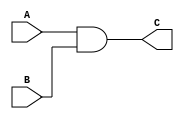
`timescale 1ns / 1ps
//////////////////////////////////////////////////////////////////////////////////
// Company: 
// Engineer: 
// 
// Design Name: 
// Module Name: experiment1
// Project Name: 
// Target Devices: 
// Tool Versions: 
// Description: 
// 
// Dependencies: 
// 
// Revision:
// Revision 0.01 - File Created
// Additional Comments:
// 
//////////////////////////////////////////////////////////////////////////////////


// Part1
module and_gate(A,B,C);
    //Inputs
    input A,B;
    //Outputs
    output C;
    assign C = A&B;
endmodule

module or_gate(A,B,C);
    //Inputs
    input A,B;
    //Outputs
    output C;
    assign C = A | B;
endmodule

module not_gate(A,B);
    //Inputs
    input A;
    //Outputs
    output B;
    assign B = ~A;
endmodule



module experiment1(
    //Inputs
    input A,
    input B,
    input C,
    input D,
    //Outputs
    output F1,
    output F2,
    output DUALITY,
    output F3,
    output NOTF3,
    output F4
    );
    
    // Intermediate Wires
        wire AANDB;
        wire AORB;
        wire AORNOTB;
        wire AORA;
        wire NOTA;
        wire NOTAANDC;
        wire NOTC;
        wire NOTD;
        wire NOTCANDD;
        wire CANDNOTD;
        wire NOTAORNOTB;
        wire AORNOTC;
    
    //Part2    
    and_gate AND1(.A(A),.B(B),.C(AANDB)); // a*b
    or_gate OR1(.A(A),.B(AANDB),.C(F1)); // a+(a*b)
    
    or_gate OR2(.A(A),.B(B),.C(AORB));
    not_gate NOT1(.A(B),.B(NOTB));
    or_gate OR3(.A(A),.B(NOTB),.C(AORNOTB));
    and_gate AND2(.A(AORB),.B(AORNOTB),.C(F2));
    
    // Part 3
    // (a+a)*(a+b)
    or_gate OR4(.A(A),.B(A),.C(AORA));
    and_gate AND3(.A(AORA),.B(AORB),.C(DUALITY));
    
    // Part 4
    // (a*b)+(a'*c)
    not_gate NOT2(.A(A),.B(NOTA));
    and_gate AND4(.A(NOTA),.B(C),.C(NOTAANDC));
    or_gate OR5(.A(AANDB),.B(NOTAANDC),.C(F3));
    
    // Demorgan (a'+b')*(a+c')
    
    or_gate OR6(.A(NOTA),.B(NOTB),.C(NOTAORNOTB));
    or_gate OR7(.A(A),.B(NOTC),.C(AORNOTC));
    and_gate AND5(.A(NOTAORNOTB),.B(AORNOTC),.C(NOTF3));
    
    // Part 5
    // (c'*d) + (c*d')
    not_gate NOT5(.A(C),.B(NOTC));
    not_gate NOT6(.A(D),.B(NOTD));
    and_gate AND6(.A(NOTC),.B(D),.C(NOTCANDD));
    and_gate AND7(.A(C),.B(NOTD),.C(CANDNOTD));
    or_gate OR8(.A(NOTCANDD),.B(CANDNOTD),.C(F4));
    
endmodule